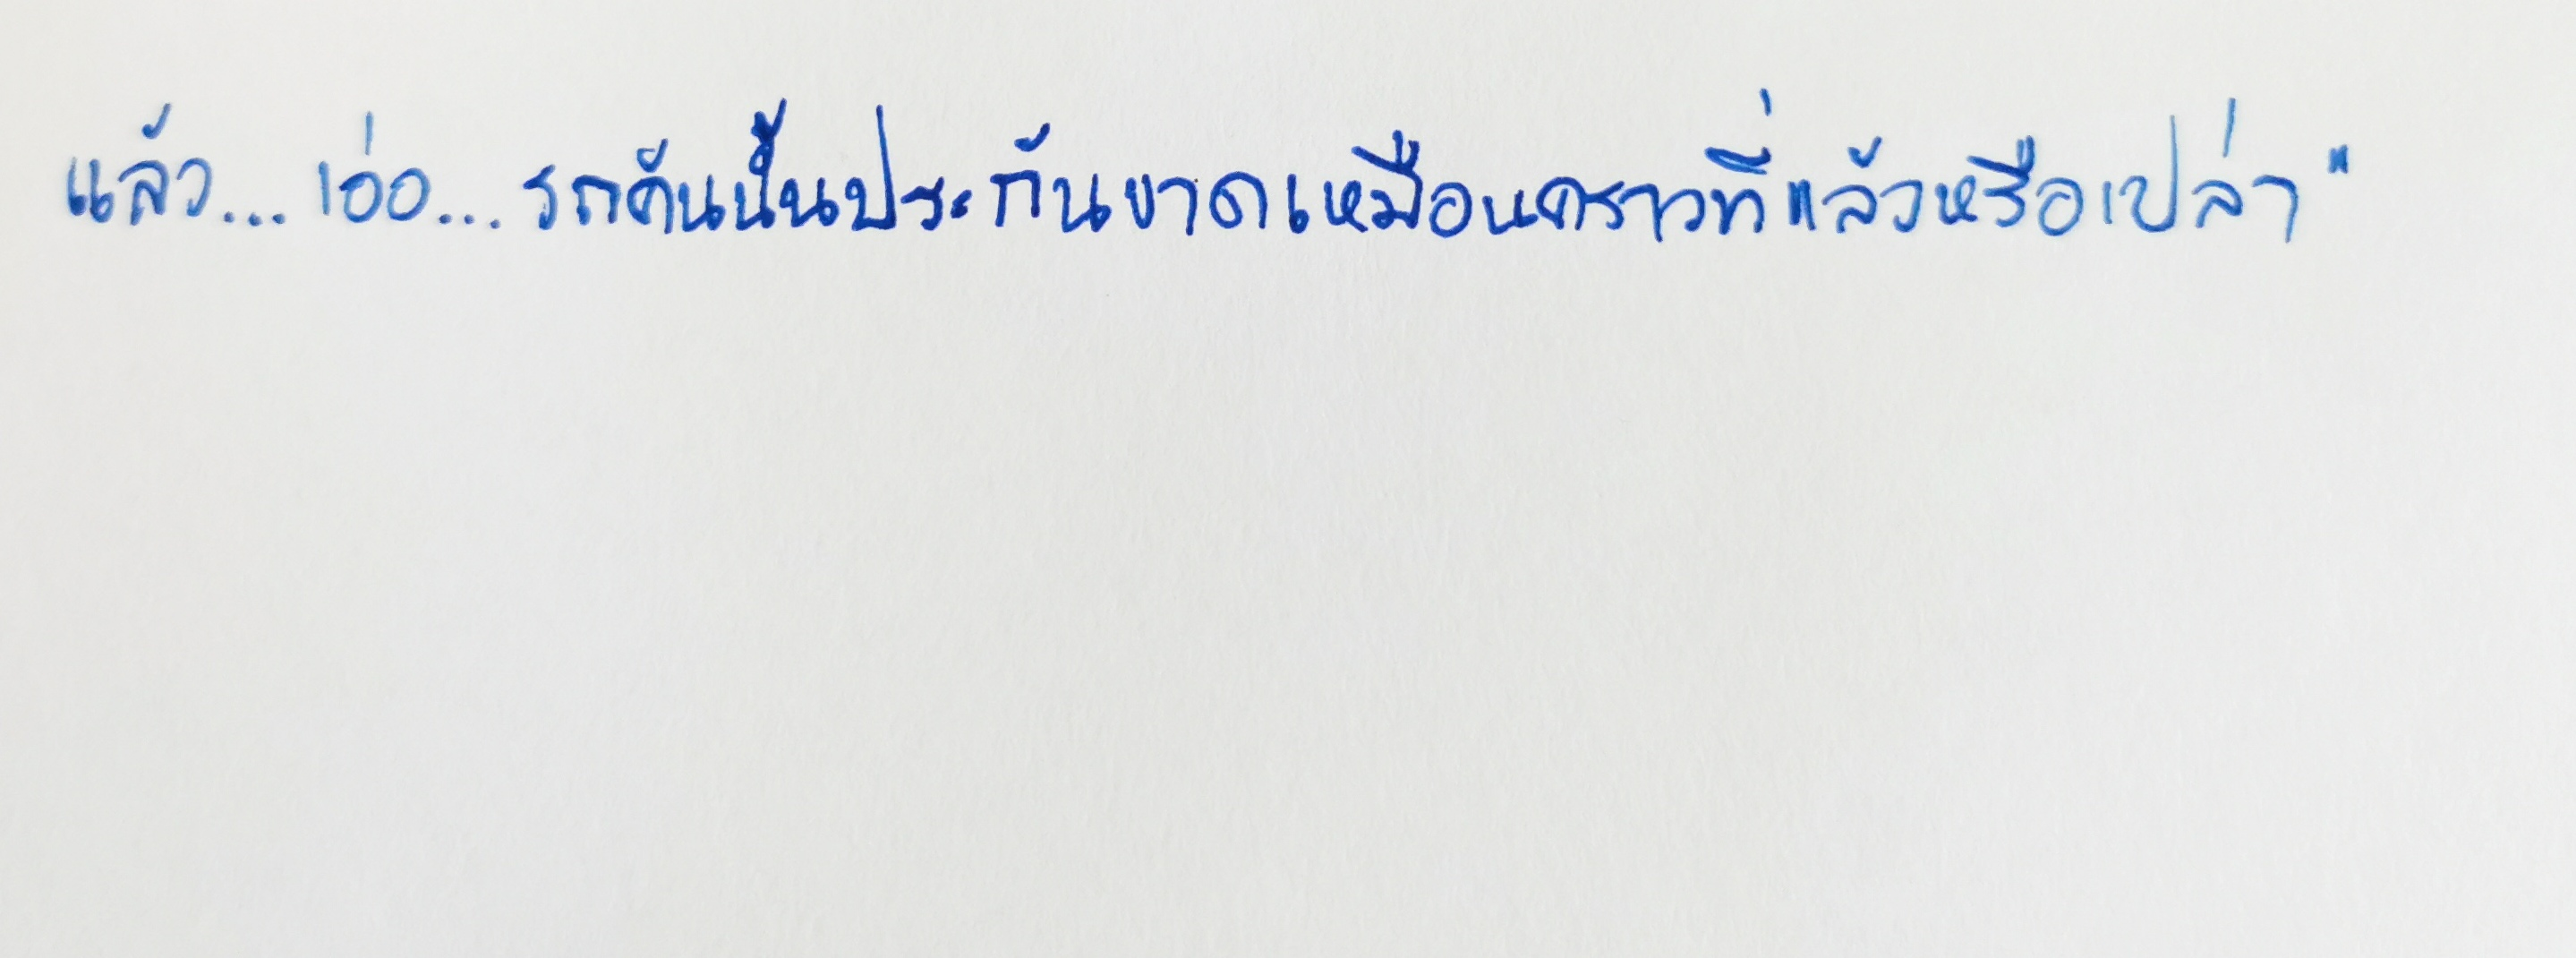
แล้ว...เอ่อ...รถคันนั้นประกันขาดเหมือนคราวที่แล้วหรือเปล่า"